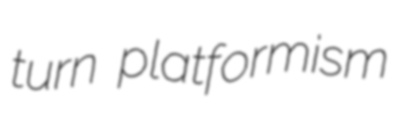
turn platformism